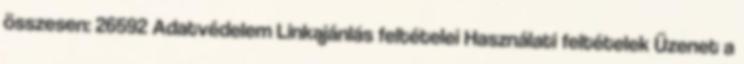
összesen: 26592 Adatvédelem Linkajánlás feltételei Használati feltételek Üzenet a